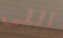
اللى